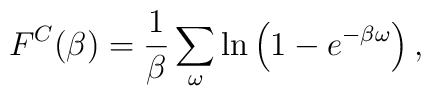
F^C(\beta)={1 \over \beta}\sum_\omega\ln\left(1-e^{-\beta \omega}\right),